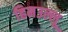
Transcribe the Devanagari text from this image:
हिमउल्लू